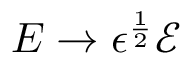
E \rightarrow \epsilon ^ { \frac { 1 } { 2 } } \mathcal { E }